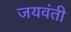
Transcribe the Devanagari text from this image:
जयवंती